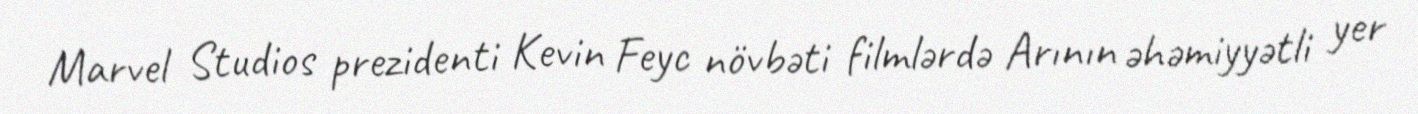
Marvel Studios prezidenti Kevin Feyc növbəti filmlərdə Arının əhəmiyyətli yer